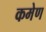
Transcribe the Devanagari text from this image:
कमेण